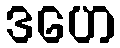
ဒဟေ